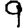
Digit: 9